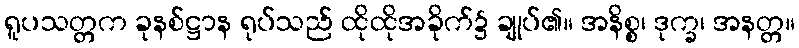
ရူပသတ္တက ခုနစ်ဋ္ဌာန ရုပ်သည် ထိုထိုအခိုက်၌ ချုပ်၏။ အနိစ္စ၊ ဒုက္ခ၊ အနတ္တ။